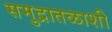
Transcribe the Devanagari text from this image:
समुद्रातळाशी